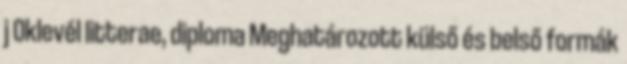
j Oklevél litterae, diploma Meghatározott külső és belső formák